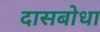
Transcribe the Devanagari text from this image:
दासबोधा